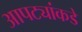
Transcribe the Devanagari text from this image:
आपट्यांकडे